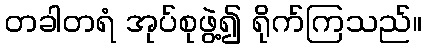
တခါတရံ အုပ်စုဖွဲ့၍ ရိုက်ကြသည်။